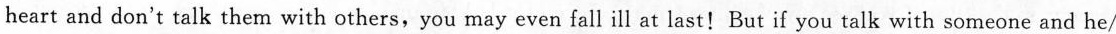
heart and don't talk them with others,you may even fall ill at last!But if you talk with someone and he/